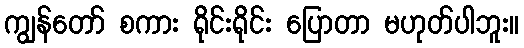
ကျွန်တော် စကား ရိုင်းရိုင်း ပြောတာ မဟုတ်ပါဘူး။